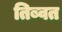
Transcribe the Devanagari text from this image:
तिब्वत